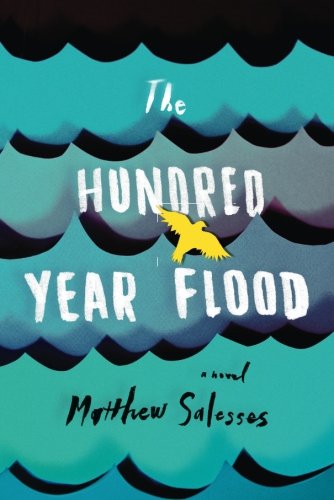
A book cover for The Hundred-Year Flood; Matthew Salesses; Literature & Fiction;